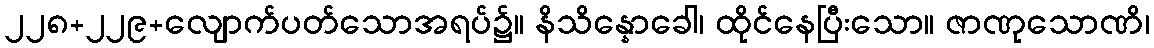
၂၂၈+၂၂၉+လျောက်ပတ်သောအရပ်၌။ နိသိန္နောခေါ၊ ထိုင်နေပြီးသော။ ဇာဏုသောဏိ၊